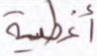
أغطية